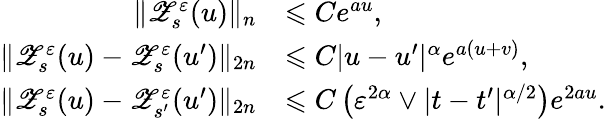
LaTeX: \begin{array}{rl}{\| \mathscr{Z}_{s}^{\varepsilon}(u)\| _{n}}&{\leqslant Ce^{au},}\\ {\| \mathscr{Z}_{s}^{\varepsilon}(u)-\mathscr{Z}_{s}^{\varepsilon}(u^{\prime})\| _{2n}}&{\leqslant C|u-u^{\prime}|^{\alpha}e^{a(u+v)},}\\ {\| \mathscr{Z}_{s}^{\varepsilon}(u)-\mathscr{Z}_{s^{\prime}}^{\varepsilon}(u^{\prime})\| _{2n}}&{\leqslant C\left(\varepsilon^{2\alpha}\vee|t-t^{\prime}|^{\alpha/2}\right)e^{2au}.}\end{array}